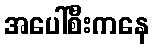
အပေါ်စီးကနေ